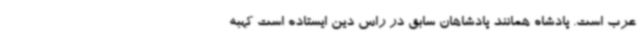
عرب است. پادشاه همانند پادشاهان سابق در راس دین ایستاده است کهبه